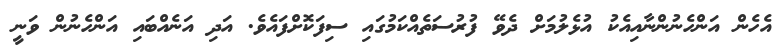
އެހެން އަންހެނުންނާއިއެކު އުޅެލުމަށް ދެވޭ ފުރުސަތެއްކަމުގައި ސިފަކޮށްފައެވެ. އަދި އަނެއްބައި އަންހެނުން ވަނީ